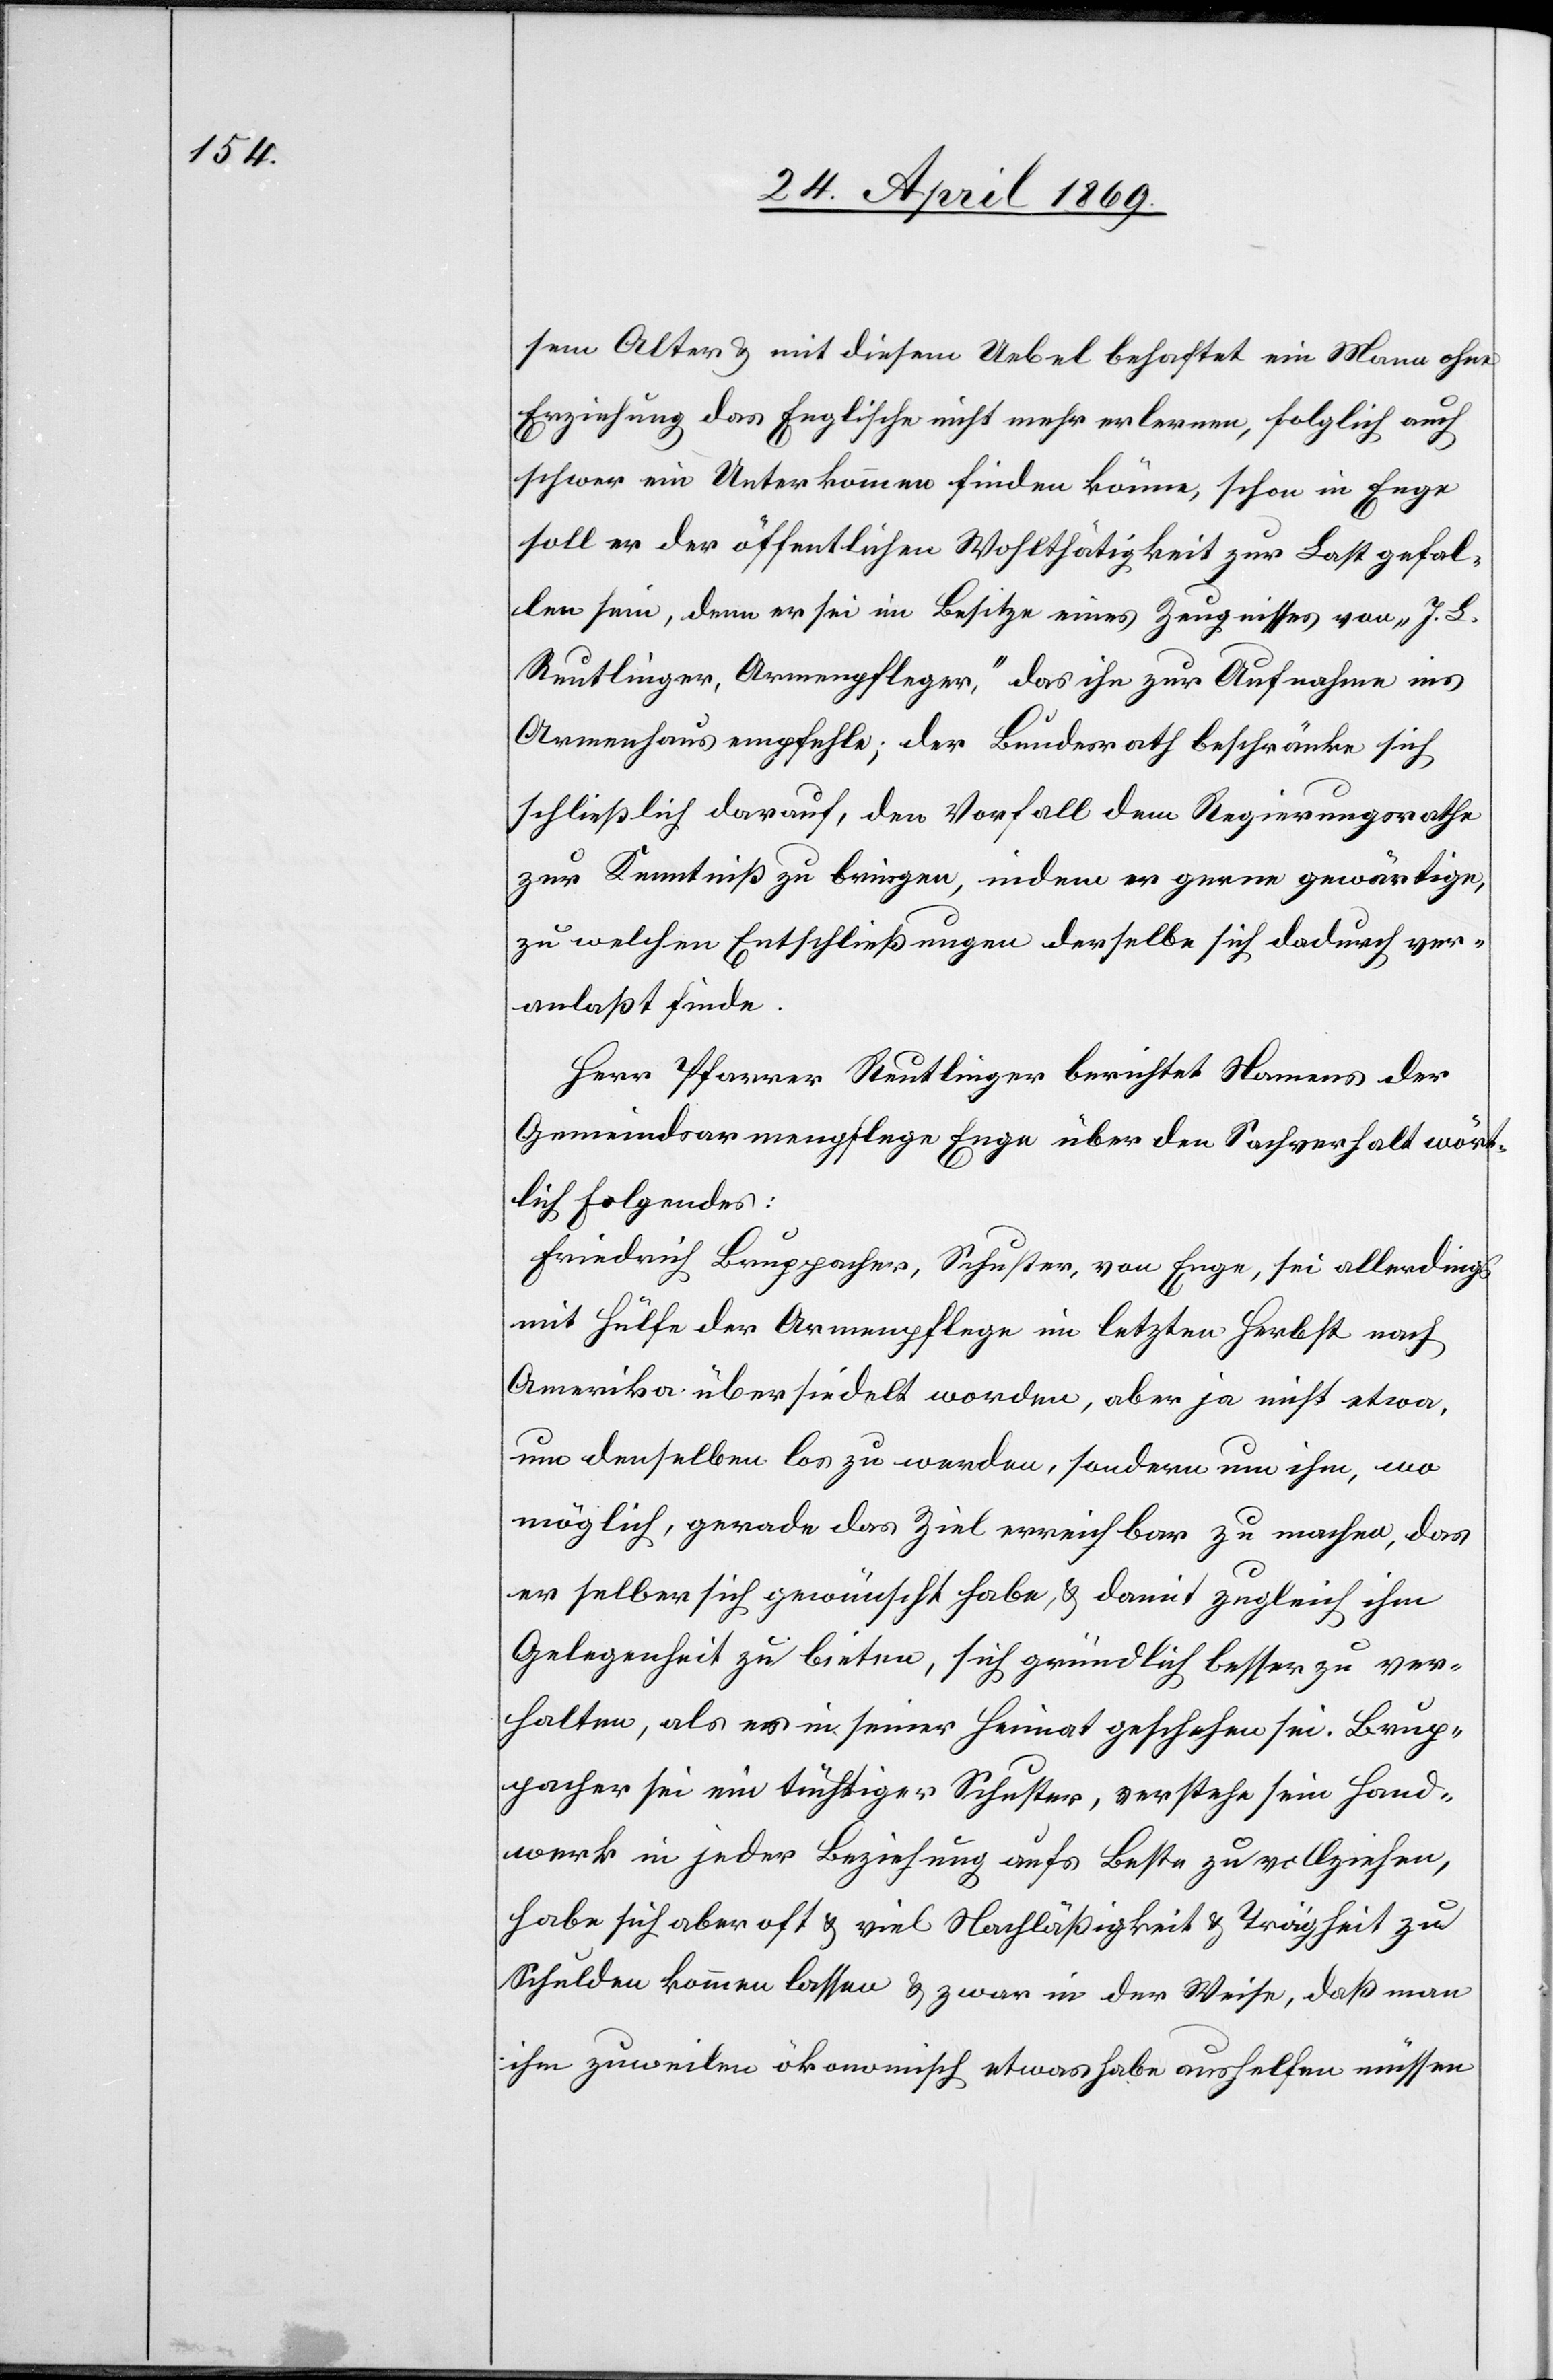
sem Alter u. mit diesem Uebel behaftet ein Mann ohne
Erziehung das Englische nicht mehr erlernen, folglich auch
schwer ein Unterkommen finden könne, schon in Enge
soll er der öffentlichen Wohlthätigkeit zur Last gefal¬
len sein, denn er sei im Besitze eines Zeugnisses von „J. B.
Reutlinger, Armenpfleger,“ das ihn zur Aufnahme ins
Armenhaus empfehle; der Bundesrath beschränke sich
schließlich darauf, den Vorfall dem Regierungsrathe
zur Kenntniß zu bringen, indem er gerne gewärtige,
zu welchen Entschließungen derselbe sich dadurch ver¬
anlaßt finde.
Herr Pfarrer Reutlinger berichtet Namens der
Gemeindsarmenpflege Enge über den Sachverhalt wört¬
lich Folgendes:
Friedrich Bruppacher, Schuster, von Enge, sei allerdings
mit Hülfe der Armenpflege im letzten Herbst nach
Amerika übersiedelt worden, aber ja nicht etwa,
um denselben los zu werden, sondern um ihn, wo
möglich, gerade das Ziel erreichbar zu machen, das
er selber sich gewünscht habe, u. damit zugleich ihm
Gelegenheit zu bieten, sich gründlich besser zu ver¬
halten, als es in seiner Heimat geschehen sei. Brup¬
pacher sei ein tüchtiger Schuster, verstehe sein Hand¬
werk in jeder Beziehung aufs Beste zu vollziehen,
habe sich aber oft u. viel Nachläßigkeit u .Trägheit zu
Schulden kommen lassen u. zwar in der Weise, daß man
ihm zuweilen ökonomisch etwas habe aushelfen müssen